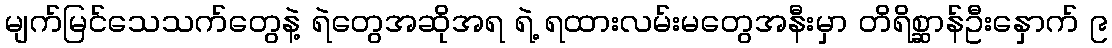
မျက်မြင်သေသက်တွေနဲ့ ရဲတွေအဆိုအရ ရဲ့ ရထားလမ်းမတွေအနီးမှာ တိရိစ္ဆာန်ဦးနှောက် ၉